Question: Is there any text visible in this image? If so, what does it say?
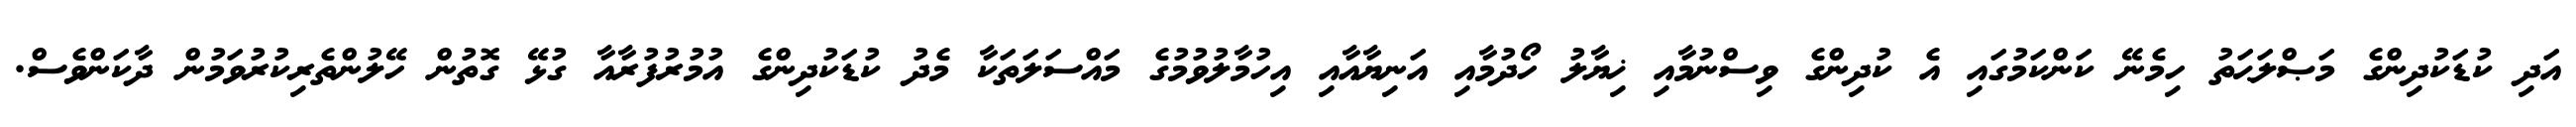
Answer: އަދި ކުޑަކުދިންގެ މަޞްލަޙަތު ހިމެނޭ ކަންކަމުގައި އެ ކުދިންގެ ވިސްނުމާއި ޚިޔާލު ހޯދުމާއި އަނިޔާއާއި އިހުމާލުވުމުގެ މައްސަލަތަކާ މެދު ކުޑަކުދިންގެ އުމުރުފުރާއާ ގުޅޭ ގޮތުން ހޭލުންތެރިކުރުވަމުން ދާކަންވެސް.